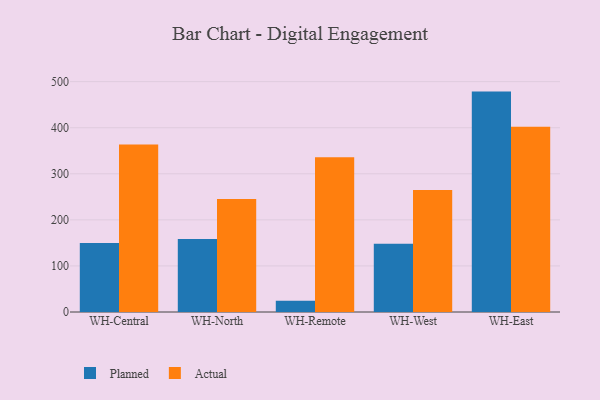
{"axis": {"x": "Warehouse", "y": "Customer Acquisition Cost (USD)"}, "legend": ["Actual", "Planned"], "data": [{"x": "WH-Central", "y": 149.7, "type": "Planned"}, {"x": "WH-Central", "y": 363.5, "type": "Actual"}, {"x": "WH-North", "y": 158.5, "type": "Planned"}, {"x": "WH-North", "y": 245.3, "type": "Actual"}, {"x": "WH-Remote", "y": 24.6, "type": "Planned"}, {"x": "WH-Remote", "y": 336.1, "type": "Actual"}, {"x": "WH-West", "y": 148.1, "type": "Planned"}, {"x": "WH-West", "y": 264.7, "type": "Actual"}, {"x": "WH-East", "y": 478.4, "type": "Planned"}, {"x": "WH-East", "y": 402.2, "type": "Actual"}]}